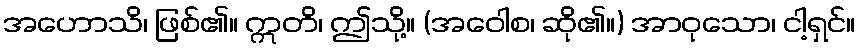
အဟောသိ၊ ဖြစ်၏။ ဣတိ၊ ဤသို့။ (အဝေါစ၊ ဆို၏။) အာဝုသော၊ ငါ့ရှင်။